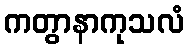
ကတွာနာကုသလံ